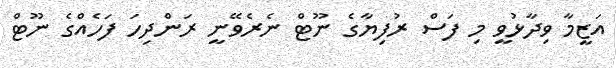
އަޒީމާ ވިދާޅުވީ މި ފަސް ރުފިޔާގެ ނޫޓް ނެރެވޭނީ ރަންދިހަ ފަހެއްގެ ނޫޓް